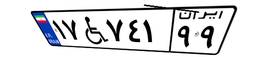
۱۷W۷۴۱۹۹